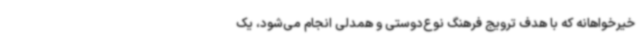
خیرخواهانه که با هدف ترویج فرهنگ نوع‌دوستی و همدلی انجام می‌شود، یک